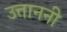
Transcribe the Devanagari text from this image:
उत्ताननी